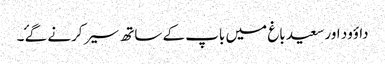
داؤود اور سعید باغ میں باپ کے ساتھ سیر کرنے گۓ ۔